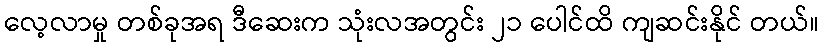
လေ့လာမှု တစ်ခုအရ ဒီဆေးက သုံးလအတွင်း ၂၁ ပေါင်ထိ ကျဆင်းနိုင် တယ်။